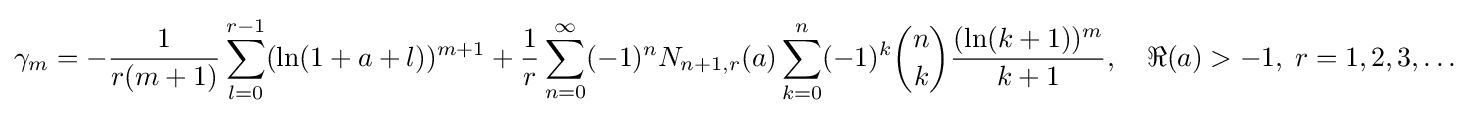
\gamma _{m}=-{\frac {1}{r(m+1)}}\sum _{l=0}^{r-1}(\ln(1+a+l))^{m+1}+{\frac {1}{r}}\sum _{n=0}^{\infty }(-1)^{n}N_{n+1,r}(a)\sum _{k=0}^{n}(-1)^{k}{\binom {n}{k}}{\frac {(\ln(k+1))^{m}}{k+1}},\quad \Re (a)>-1,\;r=1,2,3,\ldots